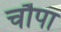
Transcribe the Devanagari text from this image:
चौपा